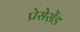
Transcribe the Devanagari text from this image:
प्रेसेसेंड